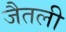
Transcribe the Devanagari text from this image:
जैतली